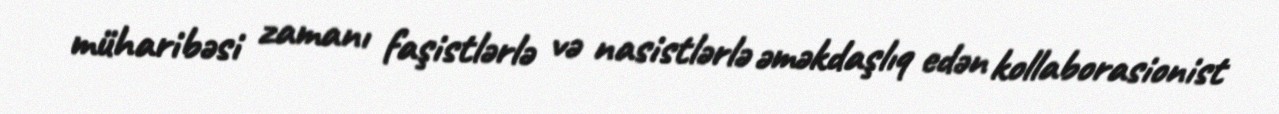
müharibəsi zamanı faşistlərlə və nasistlərlə əməkdaşlıq edən kollaborasionist